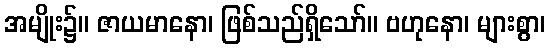
အမျိုး၌။ ဇာယမာနော၊ ဖြစ်သည်ရှိသော်။ ဗဟုနော၊ များစွာ၊